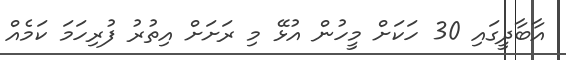
އާބާދީގައި 30 ހަކަށް މީހުން އުޅޭ މި ރަށަށް އިތުރު ފުރިހަމަ ކަމެއް